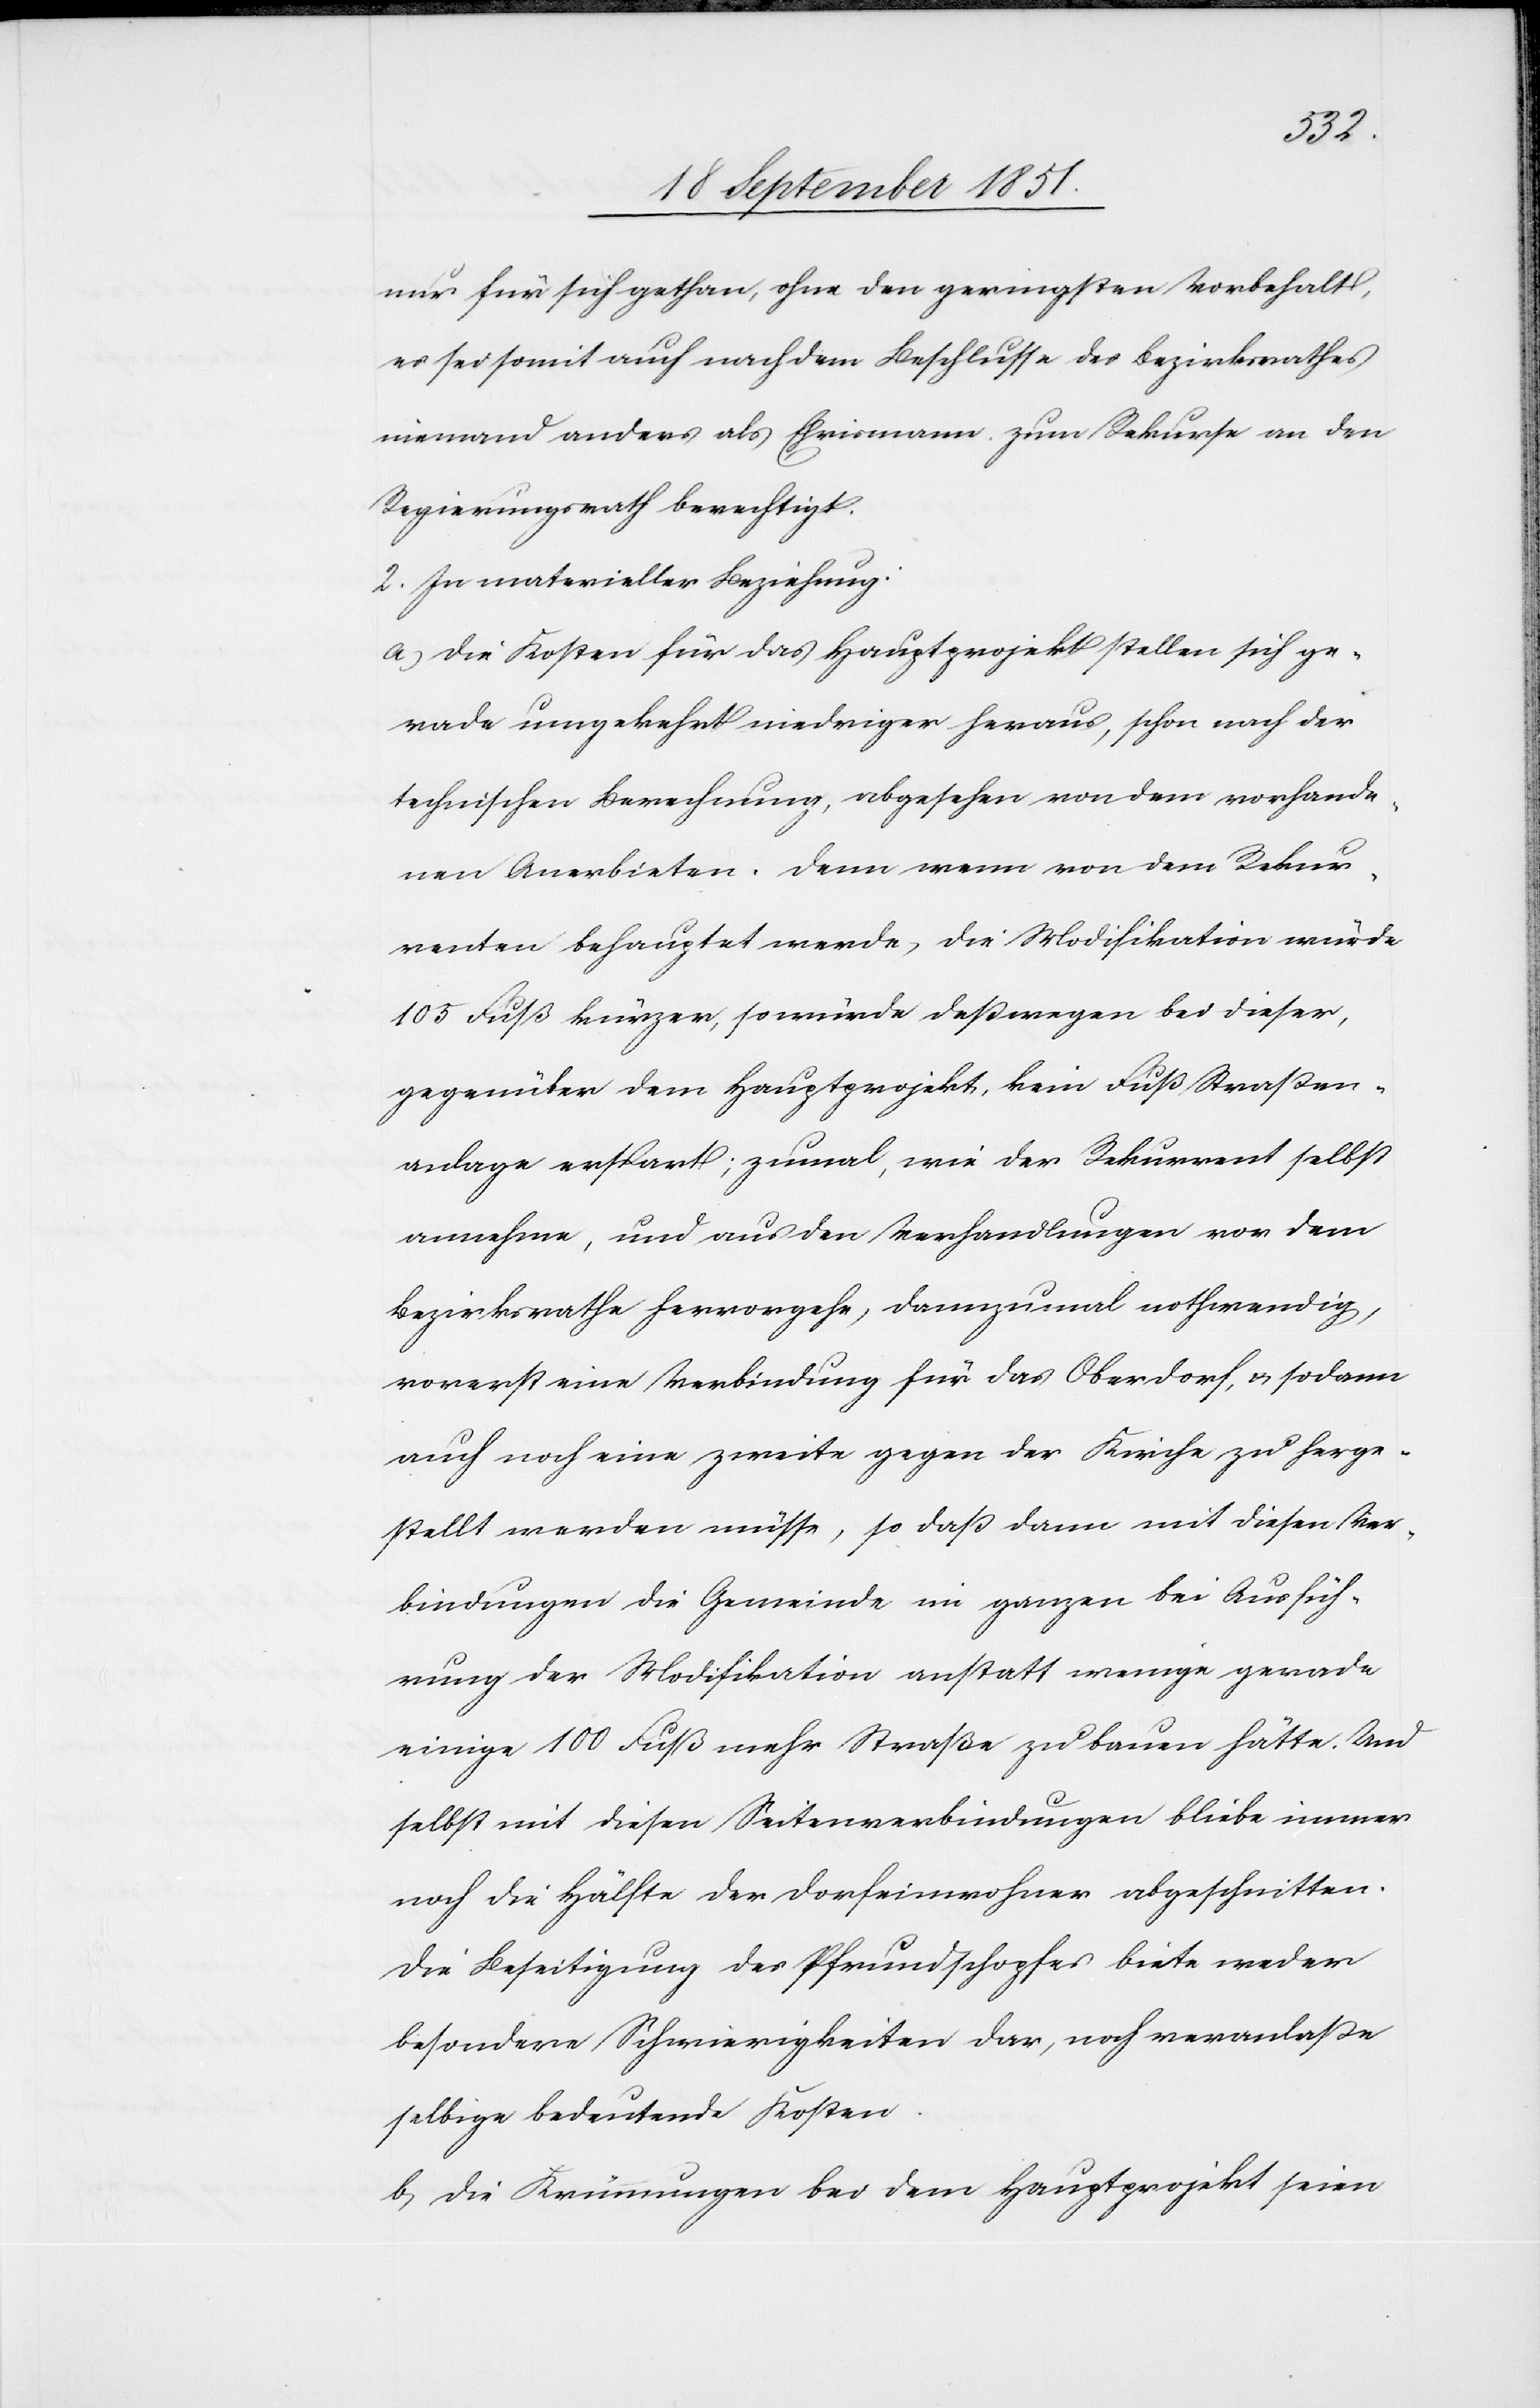
nur für sich gethan, ohne den geringsten Vorbehalt,
es sei somit auch nach dem Beschlusse des Bezirksrathes
niemand anders als Ehrismann zum Rekurse an den
Regierungsrath berechtigt.
2. In materieller Beziehung:
a) Die Kosten für das Hauptprojekt stellen sich ge¬
rade umgekehrt niedriger heraus, schon nach der
technischen Berechnung, abgesehen von dem vorhande¬
nen Anerbieten. Denn wenn von dem Rekur¬
renten behauptet werde, die Modifikation würde
105 Fuß kürzer, so würde deßwegen bei dieser,
gegenüber dem Hauptprojekt, kein Fuß Straßen¬
anlage erspart; zumal, wie der Rekurrent selbst
annehme, und aus den Verhandlungen vor dem
Bezirksrathe hervorgehe, dannzumal nothwendig,
vorerst eine Verbindung für das Oberdorf, & sodann
auch noch eine zweite gegen der [recte: die] Kirche zu herge¬
stellt werden müsse, so daß dann mit diesen Ver¬
bindungen die Gemeinde im ganzen bei Ausfüh¬
rung der Modifikation anstatt wenige[r] gerade
einige 100 Fuß mehr Straße zu bauen hätte. Und
selbst mit diesen Seitenverbindungen bliebe immer
noch die Hälfte der Dorfeinwohner abgeschnitten.
Die Beseitigung des Pfrundschopfes biete weder
besondere Schwierigkeiten dar, noch veranlaße
selbige bedeutende Kosten.
b, Die Krümmungen bei dem Hauptprojekt seien